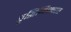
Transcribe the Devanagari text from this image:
वृद्धिमिश्रणात